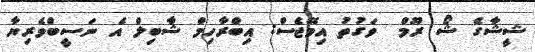
ޝީޝާގެ ޝޯ ރޫމް  ވަގުތު އިމޭޖެސް: އިބްރާހިމް ޝާބިލް އެ ނަސީބްވެެރިޔާ